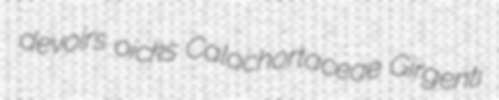
devoirs oicks Calochortaceae Girgenti